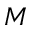
M